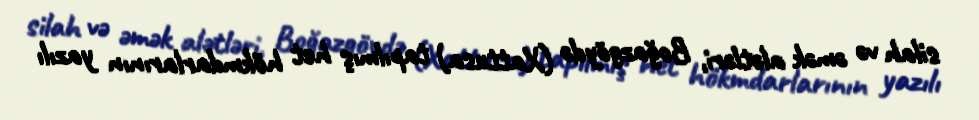
silah və əmək alətləri, Boğazgöydə (Xattusa) tapılmış het hökmdarlarının yazılı